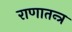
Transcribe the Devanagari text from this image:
राणातन्त्र